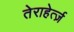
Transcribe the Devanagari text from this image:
तेराहेर्त्ज़